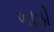
બાઝી